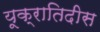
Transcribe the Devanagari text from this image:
यूक्रातिदीस